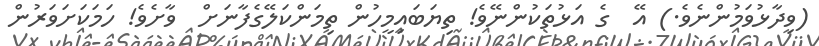
(ވިދާޅުވަމުންނެވެ.) އޭ  ގެ އަޅުތަކުންނޭވެ! ތިޔަބައިމީހުން ތިމަންކަލޭގެފާނަށް  ވާށެވެ! ހަމަކަށަވަރުން